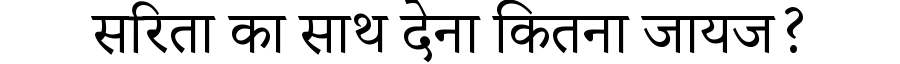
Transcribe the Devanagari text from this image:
सरिता का साथ देना कितना जायज?